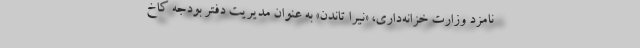
نامزد وزارت خزانه‌داری، «نیرا تاندن» به عنوان مدیریت دفتر بودجه کاخ